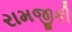
રામજીકી